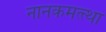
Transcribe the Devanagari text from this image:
नानकमत्त्था